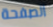
الصفحة